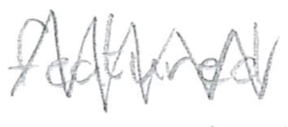
Text: featured
Cross-out: zig-zag
Writing tool: pencil